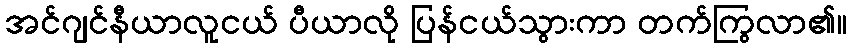
အင်ဂျင်နီယာလူငယ် ပီယာလို ပြန်ငယ်သွားကာ တက်ကြွလာ၏။